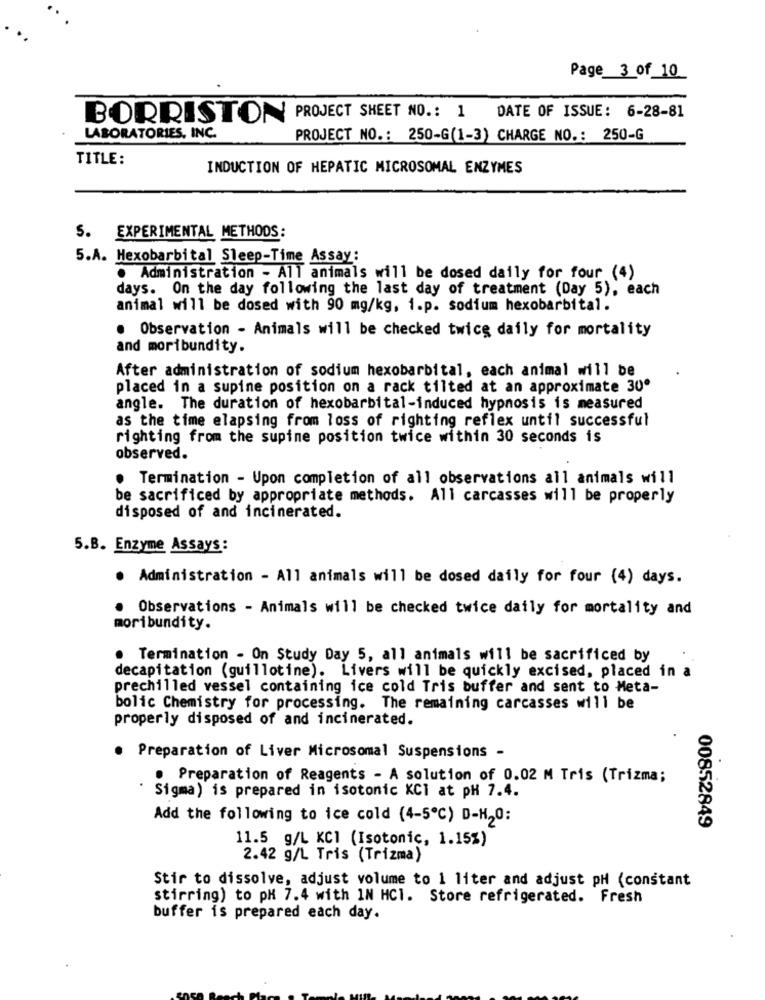
Page 3 of 10
BORRISTON PROJECT SHEET NO .: 1
DATE OF ISSUE: 6-28-81
LABORATORIES, INC.
PROJECT NO .: 250-G(1-3) CHARGE NO .: 250-G
TITLE:
INDUCTION OF HEPATIC MICROSOMAL ENZYMES
S. EXPERIMENTAL METHODS:
5.A. Hexobarbital Sleep-Time Assay:
· Administration - All animals will be dosed daily for four (4)
days. On the day following the last day of treatment (Day 5), each
animal will be dosed with 90 mg/kg, i.p. sodium hexobarbital.
. Observation - Animals will be checked twice daily for mortality
and moribundity.
After administration of sodium hexobarbital, each animal will be
placed in a supine position on a rack tilted at an approximate 30º
angle. The duration of hexobarbital-induced hypnosis is measured
as the time elapsing from loss of righting reflex until successful
righting from the supine position twice within 30 seconds is
observed.
. Termination - Upon completion of all observations all animals will
be sacrificed by appropriate methods. All carcasses will be properly
disposed of and incinerated.
5.B. Enzyme Assays:
. Administration - All animals will be dosed daily for four (4) days.
. Observations - Animals will be checked twice daily for mortality and
moribundity.
. Termination - On Study Day 5, all animals will be sacrificed by
decapitation (guillotine). Livers will be quickly excised, placed in a
prechilled vessel containing ice cold Tris buffer and sent to Meta-
bolic Chemistry for processing. The remaining carcasses will be
properly disposed of and incinerated.
. Preparation of Liver Microsomal Suspensions -
· Preparation of Reagents - A solution of 0.02 M Tris (Trizma;
Sigma) is prepared in isotonic KCI at pH 7.4.
Add the following to ice cold (4-5℃) D-H20:
00852849
11.5 g/L KC1 (Isotonic, 1.15%)
2.42 g/L Tris (Trizma)
Stir to dissolve, adjust volume to 1 liter and adjust pH (constant
stirring) to pH 7.4 with IN HCl. Store refrigerated. Fresh
buffer is prepared each day.